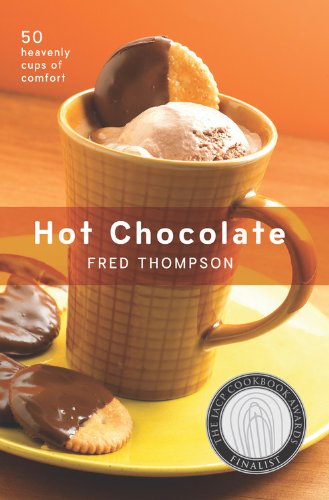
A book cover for Hot Chocolate: 50 Heavenly Cups of Comfort (50 Series); Fred Thompson; Cookbooks, Food & Wine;